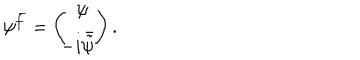
LaTeX: \psi ^ { \bar { f } } = \left( \begin{array} { c } { { \psi \! } } \\ { { \! \! \! - i \bar { \tilde { \psi } } \! } } \\ \end{array} \right) .